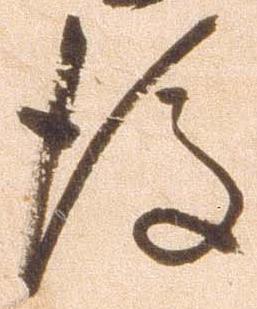
後